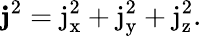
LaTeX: \mathbf{j}^{2}=\mathrm{j_{x}^{2}}+\mathrm{j_{y}^{2}}+\mathrm{j_{z}^{2}}.